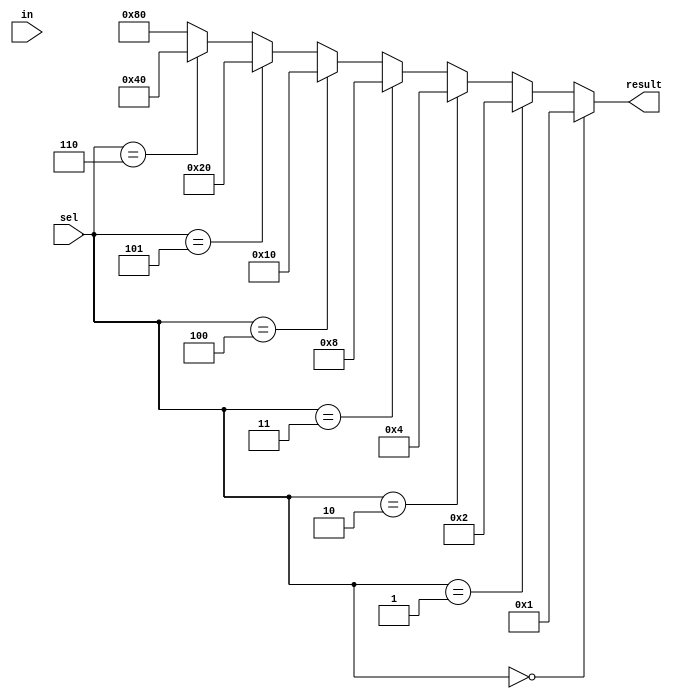
module demux1x8_always(input in, input [2:0]sel, output reg [7:0]result);

always @ *
	begin
		if(sel == 3'b000) begin
			result <= 'h1;
		end
		else if(sel == 3'b001) begin
			result <= 'h2;
		end
		else if(sel == 3'b010) begin
			result <= 'h4;
		end
		else if(sel == 3'b011) begin
			result <= 'h8;
		end
		else if(sel == 3'b100) begin
			result <= 'h10;
		end
		else if(sel == 3'b101) begin
			result <= 'h20;
		end
		else if(sel == 3'b110) begin
			result <= 'h40;
		end
		else result <= 'h80;
	end

endmodule